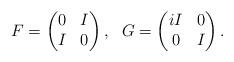
LaTeX: \begin{align*} F=\begin{pmatrix} 0 & I\\ I & 0 \end{pmatrix}, \ \ G=\begin{pmatrix} iI & 0\\ 0 & I \end{pmatrix}.\end{align*}